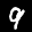
Label: 9